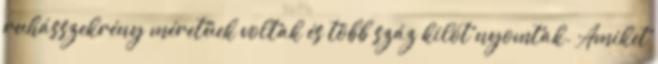
ruhásszekrény méretûek voltak és több száz kilót nyomtak. Amiket